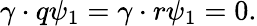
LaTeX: \gamma\cdot q\psi_{1}=\gamma\cdot r\psi_{1}=0.